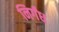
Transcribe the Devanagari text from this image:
निर्गंध